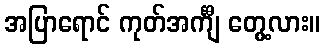
အပြာရောင် ကုတ်အင်္ကျီ တွေ့လား။